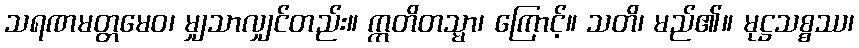
သရဏမတ္တမေဝ၊ မျှသာလျှင်တည်း။ ဣတိတသ္မာ၊ ကြောင့်။ သတိ၊ မည်၏။ မုဋ္ဌသစ္စဿ၊